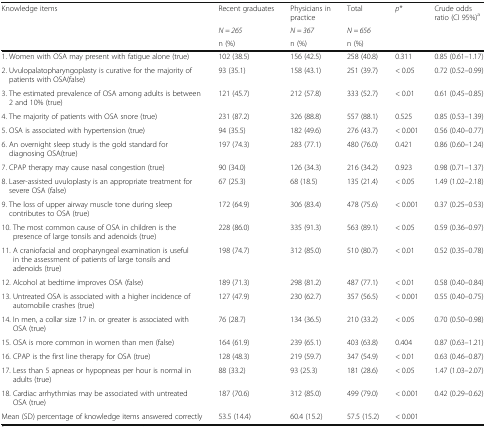
<table><thead><tr><td rowspan="3"><b>Knowledge items</b></td><td><b>Recent graduates</b></td><td><b>Physicians in practice</b></td><td><b>Total</b></td><td rowspan="3"><b><i>p</i>*</b></td><td rowspan="3"><b>Crude odds ratio (CI 95%)<sup>a</sup></b></td></tr><tr><td><b><i>N = 265</i></b></td><td><b><i>N = 367</i></b></td><td><b><i>N = 656</i></b></td></tr><tr><td><b>n (%)</b></td><td><b>n (%)</b></td><td><b>n (%)</b></td></tr></thead><tbody><tr><td>1. Women with OSA may present with fatigue alone (true)</td><td>102 (38.5)</td><td>156 (42.5)</td><td>258 (40.8)</td><td>0.311</td><td>0.85 (0.61–1.17)</td></tr><tr><td>2. Uvulopalatopharyngoplasty is curative for the majority of patients with OSA(false)</td><td>93 (35.1)</td><td>158 (43.1)</td><td>251 (39.7)</td><td>&lt; 0.05</td><td>0.72 (0.52–0.99)</td></tr><tr><td>3. The estimated prevalence of OSA among adults is between 2 and 10% (true)</td><td>121 (45.7)</td><td>212 (57.8)</td><td>333 (52.7)</td><td>&lt; 0.01</td><td>0.61 (0.45–0.85)</td></tr><tr><td>4. The majority of patients with OSA snore (true)</td><td>231 (87.2)</td><td>326 (88.8)</td><td>557 (88.1)</td><td>0.525</td><td>0.85 (0.53–1.39)</td></tr><tr><td>5. OSA is associated with hypertension (true)</td><td>94 (35.5)</td><td>182 (49.6)</td><td>276 (43.7)</td><td>&lt; 0.001</td><td>0.56 (0.40–0.77)</td></tr><tr><td>6. An overnight sleep study is the gold standard for diagnosing OSA(true)</td><td>197 (74.3)</td><td>283 (77.1)</td><td>480 (76.0)</td><td>0.421</td><td>0.86 (0.60–1.24)</td></tr><tr><td>7. CPAP therapy may cause nasal congestion (true)</td><td>90 (34.0)</td><td>126 (34.3)</td><td>216 (34.2)</td><td>0.923</td><td>0.98 (0.71–1.37)</td></tr><tr><td>8. Laser-assisted uvuloplasty is an appropriate treatment for severe OSA (false)</td><td>67 (25.3)</td><td>68 (18.5)</td><td>135 (21.4)</td><td>&lt; 0.05</td><td>1.49 (1.02–2.18)</td></tr><tr><td>9. The loss of upper airway muscle tone during sleep contributes to OSA (true)</td><td>172 (64.9)</td><td>306 (83.4)</td><td>478 (75.6)</td><td>&lt; 0.001</td><td>0.37 (0.25–0.53)</td></tr><tr><td>10. The most common cause of OSA in children is the presence of large tonsils and adenoids (true)</td><td>228 (86.0)</td><td>335 (91.3)</td><td>563 (89.1)</td><td>&lt; 0.05</td><td>0.59 (0.36–0.97)</td></tr><tr><td>11. A craniofacial and oropharyngeal examination is useful in the assessment of patients of large tonsils and adenoids (true)</td><td>198 (74.7)</td><td>312 (85.0)</td><td>510 (80.7)</td><td>&lt; 0.01</td><td>0.52 (0.35–0.78)</td></tr><tr><td>12. Alcohol at bedtime improves OSA (false)</td><td>189 (71.3)</td><td>298 (81.2)</td><td>487 (77.1)</td><td>&lt; 0.01</td><td>0.58 (0.40–0.84)</td></tr><tr><td>13. Untreated OSA is associated with a higher incidence of automobile crashes (true)</td><td>127 (47.9)</td><td>230 (62.7)</td><td>357 (56.5)</td><td>&lt; 0.001</td><td>0.55 (0.40–0.75)</td></tr><tr><td>14. In men, a collar size 17 in. or greater is associated with OSA (true)</td><td>76 (28.7)</td><td>134 (36.5)</td><td>210 (33.2)</td><td>&lt; 0.05</td><td>0.70 (0.50–0.98)</td></tr><tr><td>15. OSA is more common in women than men (false)</td><td>164 (61.9)</td><td>239 (65.1)</td><td>403 (63.8)</td><td>0.404</td><td>0.87 (0.63–1.21)</td></tr><tr><td>16. CPAP is the first line therapy for OSA (true)</td><td>128 (48.3)</td><td>219 (59.7)</td><td>347 (54.9)</td><td>&lt; 0.01</td><td>0.63 (0.46–0.87)</td></tr><tr><td>17. Less than 5 apneas or hypopneas per hour is normal in adults (true)</td><td>88 (33.2)</td><td>93 (25.3)</td><td>181 (28.6)</td><td>&lt; 0.05</td><td>1.47 (1.03–2.07)</td></tr><tr><td>18. Cardiac arrhythmias may be associated with untreated OSA (true)</td><td>187 (70.6)</td><td>312 (85.0)</td><td>499 (79.0)</td><td>&lt; 0.001</td><td>0.42 (0.29–0.62)</td></tr><tr><td>Mean (SD) percentage of knowledge items answered correctly</td><td>53.5 (14.4)</td><td>60.4 (15.2)</td><td>57.5 (15.2)</td><td>&lt; 0.001</td><td></td></tr></tbody></table>